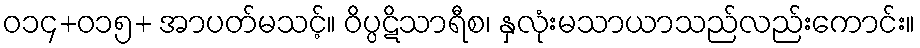
ဝ၁၄+၀၁၅+ အာပတ်မသင့်။ ဝိပ္ပဋိသာရီစ၊ နှလုံးမသာယာသည်လည်းကောင်း။